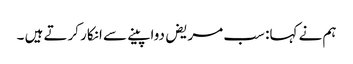
ہم نے کہا: سب مریض دوا پینے سے انکار کرتے ہیں ۔